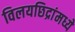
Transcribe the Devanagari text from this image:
विलयछिद्रांमध्ये